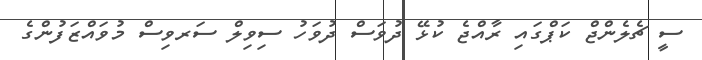
ސީ ޗެލެންޖް ކަޕްގައި ރާއްޖެ ކުޅޭ ދުވަސް ދުވަހު ސިވިލް ސަރވިސް މުވައްޒަފުންގެ